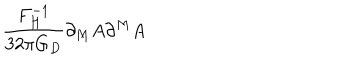
LaTeX: \frac { F _ { H } ^ { - 1 } } { 3 2 \pi G _ { D } } \partial _ { M } A \partial ^ { M } A